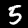
Digit: 5